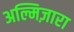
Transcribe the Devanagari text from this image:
अल्मिज़ारा